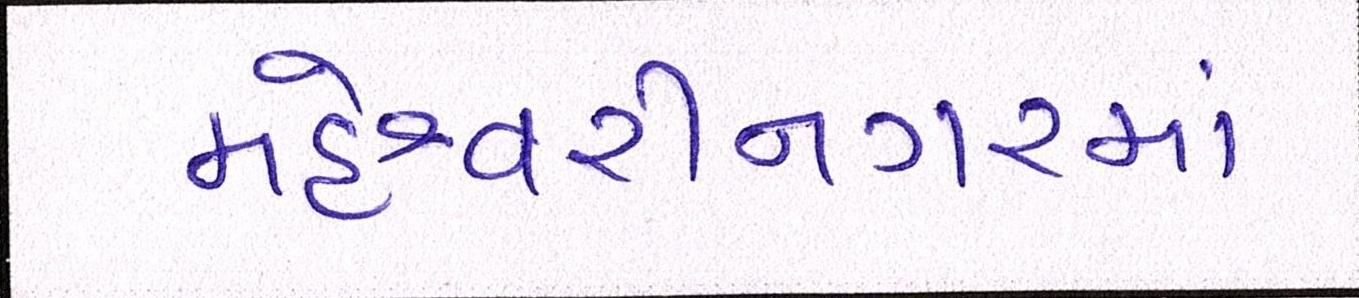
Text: મહેશ્વરીનગરમાં